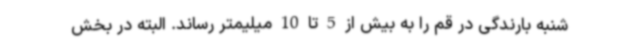
شنبه بارندگی در قم را به بیش از 5 تا 10 میلیمتر رساند. البته در بخش